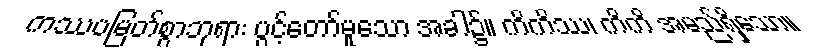
ကဿပမြတ်စွာဘုရား ပွင့်တော်မူသော အခါ၌။ ကိကိဿ၊ ကိကိ အမည်ရှိသော။